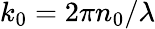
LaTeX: k_{0}=2\pi n_{0}/\lambda